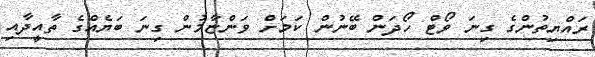
ރައްޔިތުންގެ ގިނަ ވޯޓް ހޯދަން ބޭނުން ކަމަށް ވަންޏާމުން ގިނަ ބަޔެއްގެ ތާއީދާއި